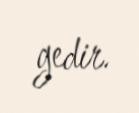
gedir.